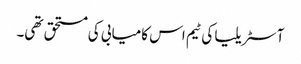
آسٹریلیا کی ٹیم اس کامیابی کی مستحق تھی۔